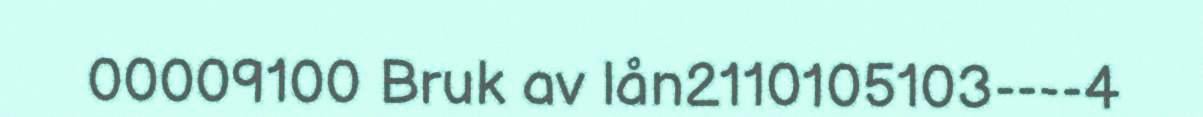
00009100 Bruk av lån2110105103----4